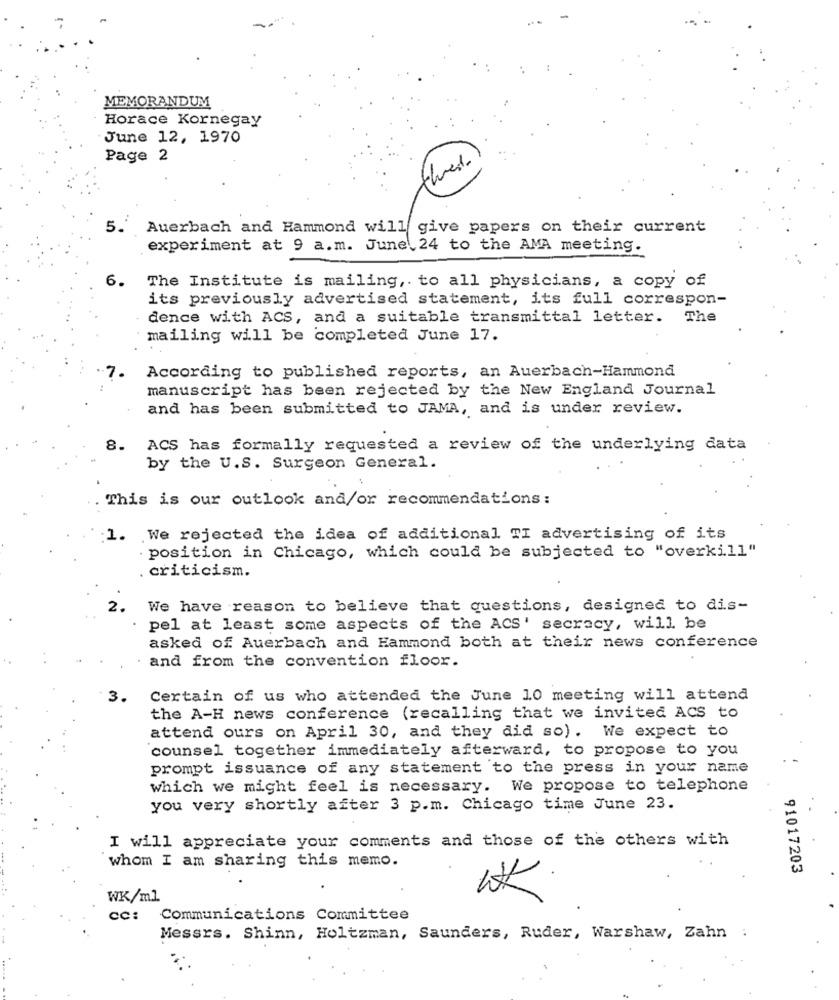
MEMORANDUM
Horace Kornegay
June 12, 1970
Page 2
thered.
5.
Auerbach and Hammond will give papers on their current
experiment at 9 a.m. June 24 to the AMA meeting.
6.
The Institute is mailing ,. to all physicians, a copy of
its previously advertised statement, its full correspon-
dence with ACS, and a suitable transmittal letter.
The
mailing will be completed June 17.
According to published reports, an Auerbach-Hammond
manuscript has been rejected by the New England Journal
and has been submitted to JAMA, and is under review.
8.
ACS has formally requested a review of the underlying data
by the U.S. Surgeon General.
This is our outlook and/or recommendations:
1. We rejected the idea of additional TI advertising of its
position in Chicago, which could be subjected to "overkill"
criticism.
2.
We have reason to believe that questions, designed to dis-
pel at least some aspects of the ACS' secracy, will be
asked of Auerbach and Hammond both at their news conference
and from the convention floor.
3.
Certain of us who attended the June 10 meeting will attend
the A-H news conference (recalling that we invited ACS to
attend ours on April 30, and they did so). We expect to
counsel together immediately afterward, to propose to you
prompt issuance of any statement to the press in your name
which we might feel is necessary. We propose to telephone
you very shortly after 3 p.m. Chicago time June 23.
I will appreciate your comments and those of the others with
whom I am sharing this memo.
91017203
WK/ml.
cc: Communications Committee
Messrs. Shinn, Holtzman, Saunders, Ruder, Warshaw, Zahn :